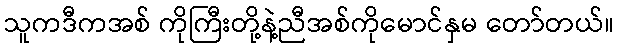
သူကဒီကအစ် ကိုကြီးတို့နဲ့ညီအစ်ကိုမောင်နှမ တော်တယ်။